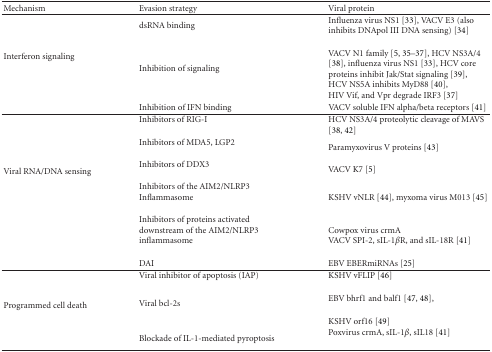
| Mechanism | Evasion strategy | Viral protein |
 | --- | --- | --- |
 | <ROWSPAN=3> Interferon signaling | dsRNA binding | Influenza virus NS1 [33], VACV E3 (also inhibits DNApol III DNA sensing) [34] |
 | Inhibition of signaling | VACV N1 family [5, 35–37], HCV NS3A/4 [38], influenza virus NS1 [33], HCV core proteins inhibit Jak/Stat signaling [39], HCV NS5A inhibits MyD88 [40],HIV Vif, and Vpr degrade IRF3 [37] |
 | Inhibition of IFN binding | VACV soluble IFN alpha/beta receptors [41] |
 | <ROWSPAN=6> Viral RNA/DNA sensing | Inhibitors of RIG-I | HCV NS3A/4 proteolytic cleavage of MAVS [38, 42] |
 | Inhibitors of MDA5, LGP2 | Paramyxovirus V proteins [43] |
 | Inhibitors of DDX3 | VACV K7 [5] |
 | Inhibitors of the AIM2/NLRP3 Inflammasome | KSHV vNLR [44], myxoma virus M013 [45] |
 | Inhibitors of proteins activated downstream of the AIM2/NLRP3 inflammasome | Cowpox virus crmAVACV SPI-2, sIL-1βR, and sIL-18R [41] |
 | DAI | EBV EBERmiRNAs [25] |
 | <ROWSPAN=4> Programmed cell death | Viral inhibitor of apoptosis (IAP) | KSHV vFLIP [46] |
 | <ROWSPAN=2> Viral bcl-2s | EBV bhrf1 and balf1 [47, 48], |
 | KSHV orf16 [49] |
 | Blockade of IL-1-mediated pyroptosis | Poxvirus crmA, sIL-1β, sIL18 [41] |